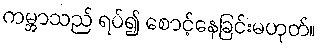
ကမ္ဘာသည် ရပ်၍ စောင့်နေခြင်းမဟုတ်။